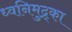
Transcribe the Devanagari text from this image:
ध्वनिमुद्र्का